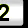
Digit: 2